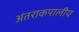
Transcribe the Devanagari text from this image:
अंतराकपालीय